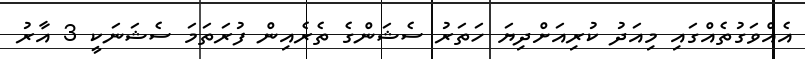
އެއްވަގުތެއްގައި މިއަދު ކުރިއަށްދިޔަ ހަތަރު ސެޝަންގެ ތެރެއިން ފުރަތަމަ ސެޝަނަކީ 3 އާރު